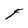
Character: F